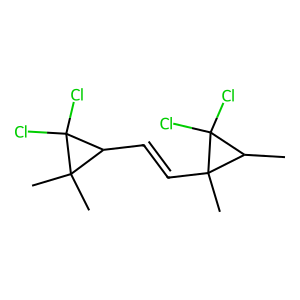
SMILES: CC1C(Cl)(Cl)C1(C)C=CC1C(C)(C)C1(Cl)Cl
Inhibits HIV replication: No